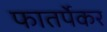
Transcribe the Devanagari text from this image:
फातर्पेकर